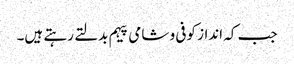
جب کہ انداز کوفی و شامی پیہم بدلتے رہتے ہیں۔